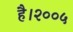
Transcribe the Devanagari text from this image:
है।२००५